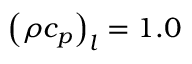
{ \left( { \rho { c _ { p } } } \right) _ { l } } = 1 . 0